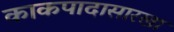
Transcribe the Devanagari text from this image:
काकपादासारखा